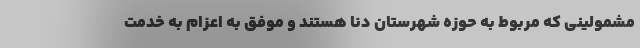
مشمولینی که مربوط به حوزه شهرستان دنا هستند و موفق به اعزام به خدمت